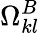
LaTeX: \Omega_{kl}^{B}